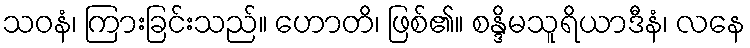
သဝနံ၊ ကြားခြင်းသည်။ ဟောတိ၊ ဖြစ်၏။ စန္ဒိမသူရိယာဒီနံ၊ လနေ